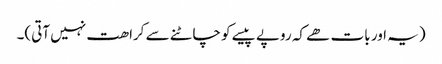
(یہ اور بات ھے کہ روپے پیسے کو چاٹنے سے کراھت نہیں آتی)۔